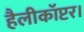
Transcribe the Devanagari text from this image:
हैलीकॉप्टर।